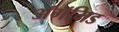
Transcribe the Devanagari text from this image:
ॲगॅमिड